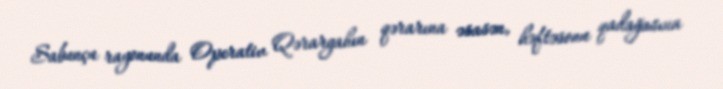
Sabunçu rayonunda Operativ Qərargahın qərarına əsasən, həftəsonu qadağasına